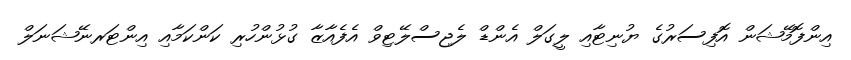
އިންފޮމޭޝަން އޮފިސަރުގެ ޔުނިޓާއި ލީގަލް އެންޑް ލެޖިސްލޭޓިވް އެފެއާޒާ ގުޅުންހުރި ކަންކަމާއި އިންޓަރނޭޝަނަލް